Civil Veterinary Department. United Provinces 1912-22 - 1912-1922
Year: 1912
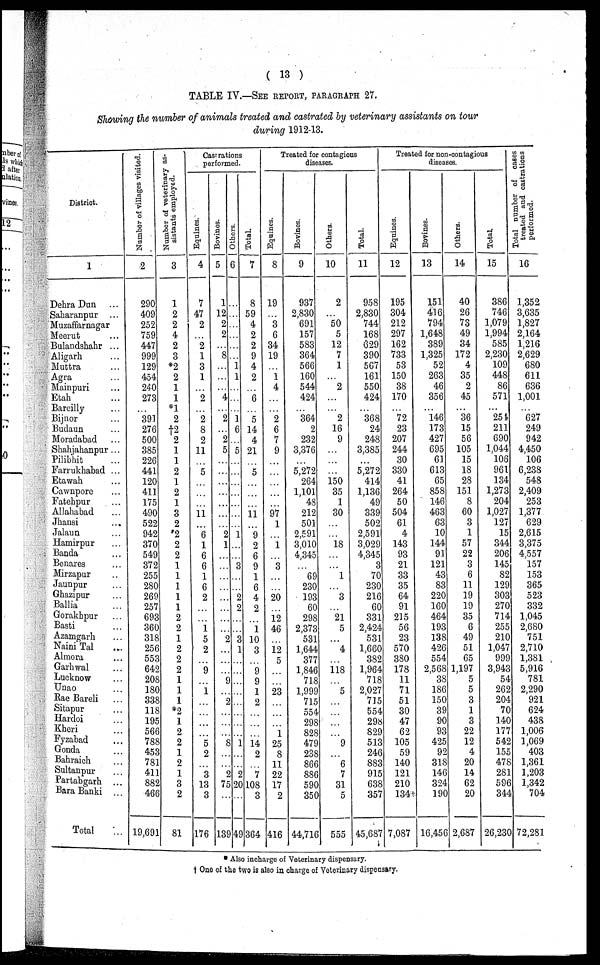
( 13 )
TABLE IV.—SEE REPORT, PARAGRAPH 27.
Showing the number of animals treated and castrated by veterinary assistants on tour
during 1912-13.
District.
1
Dehra Dun ...
Saharanpur ...
Muzaffarnagar
Meerut ...
Bulandshalir ...
Aligarh ...
Muttra ...
Agra
Mainpuri ...
Etah ...
Bareilly ...
Bijnor ...
Budaun ...
Moradabad ...
Shahjahanpur ...
Pilibhit ...
Farrukhabad ...
Etawah ...
Cawnpore ...
Fatehpur ...
Allahabad
Jhansi ...
Jalaun ...
Hamirpur ...
Banda ...
Benares
Mirzapur ..
Jaunpur ...
Ghazipur ...
Ballia ...
Gorakhpur ...
Basti ...
Azamgarh ...
Naini Tal ...
Almora ...
Garhwal ...
Lucknow ...
Unao ...
Rae Bareli ...
Sitapur ...
Hardoi ...
Kheri
Fyzabad ...
Gonda ...
Bahraich ...
Sultanpur ...
Partabgarh ...
Bara Banki ...
Total
Number of villages visited.
2
290
409
252
759
447
999
129
454
240
273
391
276
500
385
226
441
120
411
175
490
522
942
370
549
372
255
280
269
257
693
360
318
256
553
642
20S
180
338
118
195
566
788
453
781
411
882
466
19,691
Number of veterinary as-
sistants employed.
3
1
2
2
4
2
3
*2
2
1
1
*1
2
†2
2
1
1
2
1
2
1
3
2
*2
2
2
1
1
1
1
1
2
2
1
2
2
2
1
1
1
*2
1
2
2
1
2
1
3
2
81
Castrations
performed.
Equines.
4
7
47
2
…
2
1
3
1
…
2
…
2
8
2
11
…
5
…
…
…
11
6
1
6
6
1
6
2
…
…
1
5
2
…
9
…
1
…
…
…
…
5
2
…
3
13
3
176
Bovines.
5
1
12
2
2
…
8
…
…
…
4
…
2
"2
5
…
…
…
…
2
1
…
…
…
…
…
…
…
2
…
…
…
9
…
2
…
…
…
8
…
…
2
75
...
139
Ot her s .
6
...
...
...
...
...
1
1
...
…
1
6
...
5
…
...
…
…
…
...
1
...
3
...
..
2
2
2 3
1
…
..
..
..
…
…
…
1
…
2
20
..
49
Tot al .
7
8
59
4
2
2
9
4
2
6
5
14
4
21
5
11
"9
2
6
9
1
. 6
4
2
1
10
3
. 9
. 9
1
. 2
14
2
7
108
. 3
364
Treated for contagious
Equines.
8
19
…
3
6
34
19
1
4
…
…
2
6
7
9
…
…
…
…
97
1
1
3
…
…
20
12
46
12
5
…
…
23
…
…
…
1
25
8
11
22
17
2
416
Bovines.
9
937
2,830
691
157
583
364
566
160
544
424
…
364
2
232
3,376
…
5,272
264
1,101
48
212
501
2,591
3,010
4,345
69
230
193
60
298
2,373
531
1,644
377
1,846
718
1,999
715
554
298
828
479
238
866
886
590
350
44,716
Others.
10
2
"50
5
12
7
1
2
…
…
2
16
9
…
…
150
35
1
30
18
1
…
3
…
21
5
…
4
…
118
…
5
…
…
…
…
9
…
6
7
31
5
555
Total.
11
958
2,830
744
168
69
390
567
161
550
424
368
24
248
3,385
…
5,272
414
1,136
49
339
502
2,591
3,029
4,345
3
70
230
216
60
331
2,424
531
1,660
382
1,964
718
2,027
715
554
298
820
513
24C
882
915
638
357
45,687
Treated for non-contagious
Equines.
12
195
304
212
297
162
733
53
150
38
170
"72
23
207
244
30
330
41
264
50
504
61
4
143
93
21
33
35
64
91
215
56
23
570
380
178
11
71
51
30
47
62
105
59
140
121
210
134
7,087
Bovines.
13
151
416
794
1,648
389
1,325
52
263
46
356
"l46
173
427
695
61
613
65
858
146
463
63
10
144
91
121
43
83
220
160
464
193
138
426
554
2,568
3S
186
150
39
9C
93
425
92
318
14C
324
190
16,456
Others.
14
40
26
73
49
34
172
4
35
2
45
36
15
56
105
15
18
28
151
8
60
3
1
57
22
3
6
11
19
19
35
6
49
51
65
1,197
5
5
3
1
3
22
12
4
20
14
- 62
20
2,687
Total.
15
386
746
1,079
1,994
585
2,230
109
448
86
571
254
211
690
1,044
106
961
134
1,273
204
1,027
127
15
344
206
145
82
129
303
270
714
255
210
1,047
999
3,943
54
262
204
70
140
177
542
155
47S
281
59C
344
26,23C
Total number of cases
treated and castrations
performed.
16
1,352
3,635
1,827
2,164
1,216
2,629
680
611
636
1,001
627
249
942
4,450
106
6,238
548
2,409
253
1,377
629
2,615
3,375
4,557
157
153
365
523
332
1,045
2,680
751
2,710
1,381
5,916
781
2,290
921
624
438
1,006
1,069
403
1,361
1,203
1,342
704
72,281
* Also incharge of Veterinary dispensary.
† One of the two is also in charge of Veterinary dispensary.